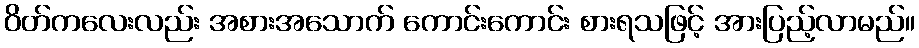
ဝိတ်ကလေးလည်း အစားအသောက် ကောင်းကောင်း စားရသဖြင့် အားပြည့်လာမည်။